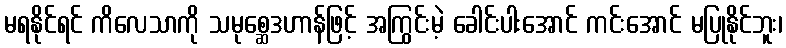
မရနိုင်ရင် ကိလေသာကို သမုစ္ဆေဒဟာန်ဖြင့် အကြွင်းမဲ့ ခေါင်းပါးအောင် ကင်းအောင် မပြုနိုင်ဘူး၊